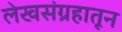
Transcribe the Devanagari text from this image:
लेखसंग्रहातून